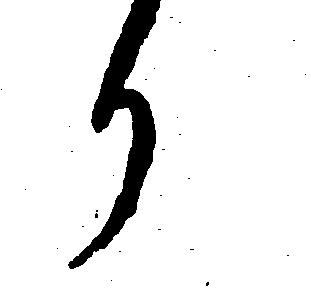
か